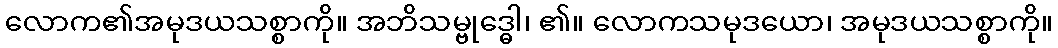
လောက၏အမုဒယသစ္စာကို။ အဘိသမ္ဗုဒ္ဓေါ၊ ၏။ လောကသမုဒယော၊ အမုဒယသစ္စာကို။